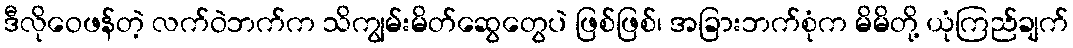
ဒီလိုဝေဖန်တဲ့ လက်ဝဲဘက်က သိကျွမ်းမိတ်ဆွေတွေပဲ ဖြစ်ဖြစ်၊ အခြားဘက်စုံက မိမိတို့ ယုံကြည်ချက်